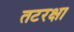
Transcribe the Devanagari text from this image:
तटरक्षा